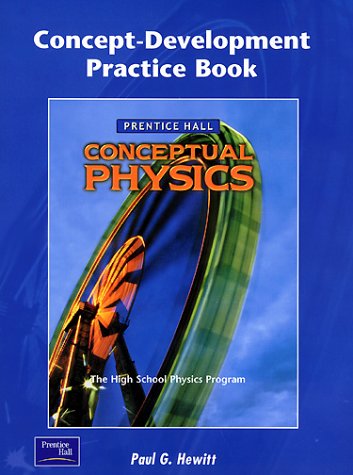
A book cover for Conceptual Physics Concept-Development Practice Book; PRENTICE HALL; Teen & Young Adult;